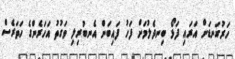
ހަރުގަނޑަށް އަރައި ފަޅޯ ބިނދެލުމަށް ފަހު ފައިބަން އެނބުރިލި ވަގުތު އަހަރެންގެ ހަތަރެސް